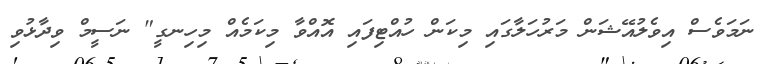
ނަމަވެސް އިވެލުއޭޝަން މަރުހަލާގައި މިކަން ހުއްޓިފައި އޮއްވާ މިކަމެއް މިހިނގީ" ނަސީމް ވިދާޅުވި